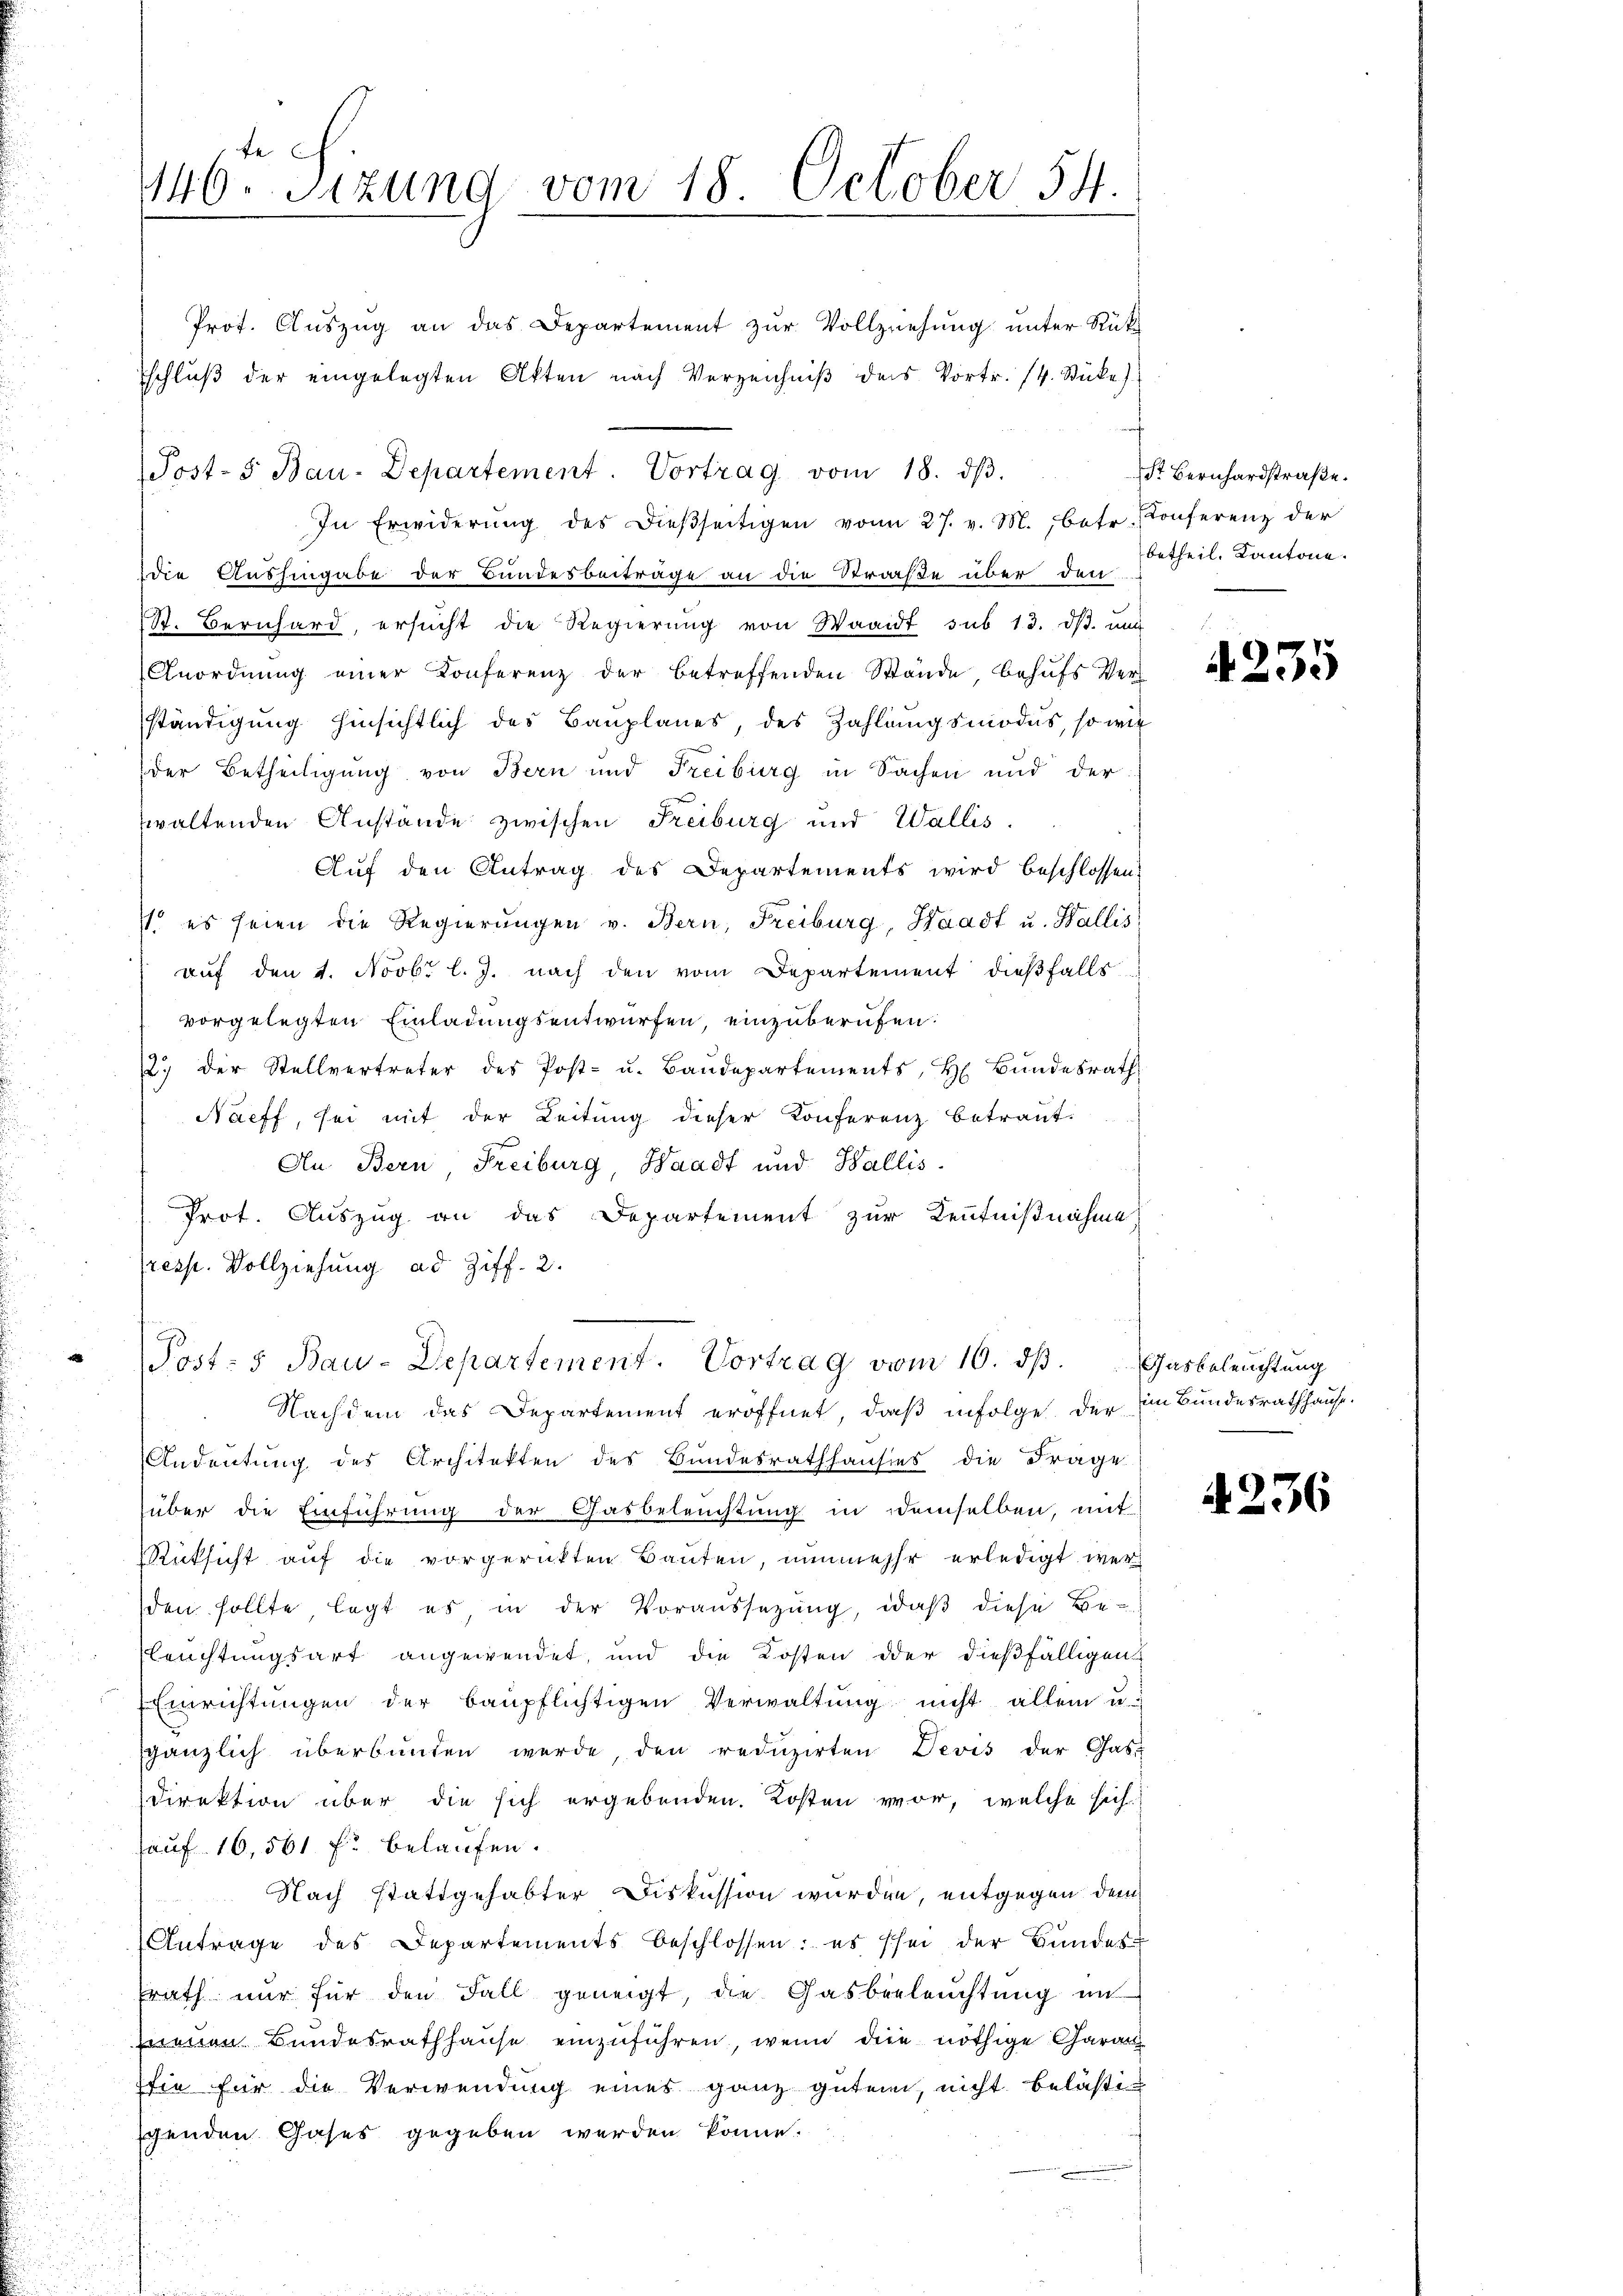
te
146. Sitzung vom 18. October 54.

Prof. Auszug an das Departement zur Vollziehung unter Rükschlŭβ der eingelegten Akten nach Verzeichniβ der Vortr. 14. Stücke)
In Erwiderung des dießseitigen vom 27. v. M., betr. Conferenz der
die Aushingabe der Bundesbeiträge an die Straße über den
St. Bernhard, ersŭcht die Regierŭng von Waadt sub 13. dβ. mi
Anordnŭng einer Konferenz der betreffenden Stände, behufs Verständigung hinsichtlich der Bauplanes, des Zahlungsmodus, so wie
der Betheiligung von Bern und Freiburg in Sachen und der
waltenden Anstände zwischen Freiburg und Wallis
Auf den Antrag des Departements wird beschlossen.
 es seien die Regierŭngen v. Bern, Freiburg, Waadt u. Wallis
auf den 1. Novbr l. J. nach den vom Departement dießfalls
vorgelegten Einladungsentwürfen, einzuberufen:
2.) Der Stellvertreter des Post- u. Baŭdepartements, H. Bŭndesrath
Nacff, sei mit der Leitung dieser Konferenz betraut.
An Bern Freiburg, Waadt und Wallis.
Prot. Auszug an das Departement zur Kenntnißnahme
resp. Vollziehung ad Ziff. 2.
" Post- u Bau-Departement. Vortrag vom 10. dβ. Gasbeleuchtung
Nachdem das Departement eröffnet, daß infolge der im Bundesrathhause.
Andeutung des Architekten des Bundesrathhausies die Frage
über die Einführung der Gasbeleuchtung in demselben, mit
Rücksicht auf die vorgerückten Bauten, nunmehr erledigt werden sollte, legt es, in der Voraussetzung, daß diese Be-
Leuchtungsart angewendet, und die Kosten oder dießfälligen
Einrichtungen der baupflichtigen Verwaltung nicht allein u.
gänzlich überbunden werde den redŭzirten Devis der Gast
Direktion über die sich ergebenden Kosten vor, welche sich
auf 16,561 f. belaufen.
Nach stattgehabter Diskussion wurden, entgegen dem
Antrage des Departements beschlossen: es sei der Bundessrath nur für den Fall geneigt, die Gasbeleuchtung in
zneuen Bundesrathhause einzuführen, wenn die nöthige Garan
Tsie für die Verwendung eines ganz guten, nicht belästigenden Gases gegeben werden könne.

Post-5 Bau-Departement. Vortrag vom 18. dβ.

an trafe

Str. Bernhardstraße.
betheil. Kantone.

4235

4236